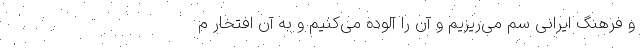
و فرهنگ ایرانی سم می‌ریزیم و آن را آلوده می‌کنیم و به آن افتخار م